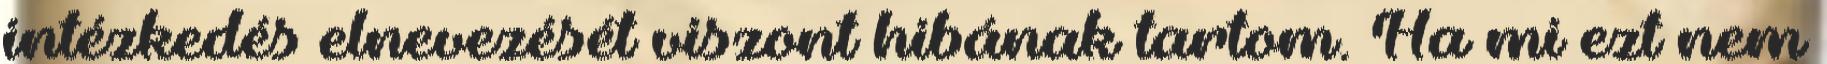
intézkedés elnevezését viszont hibának tartom. Ha mi ezt nem